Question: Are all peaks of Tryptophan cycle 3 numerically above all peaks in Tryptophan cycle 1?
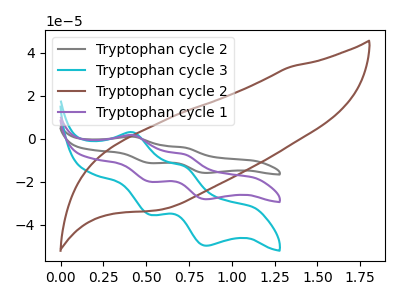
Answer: <think>The gray curve "Tryptophan cycle 2" has anodic peaks at (0.40V, 3.35uA) (0.70V, -14.60uA) and cathodic peaks at (0.50V, -40.05uA) (0.85V, -56.40uA). The cyan curve "Tryptophan cycle 3" has anodic peaks at (0.40V, 2.95uA) (0.70V, -12.90uA) and cathodic peaks at (0.50V, -35.40uA) (0.85V, -49.85uA). The brown curve "Tryptophan cycle 2" has no peaks. The purple curve "Tryptophan cycle 1" has anodic peaks at (0.40V, 1.65uA) (0.70V, -7.30uA) and cathodic peaks at (0.50V, -20.05uA) (0.85V, -28.20uA).</think>
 <answer>The peaks in "Tryptophan cycle 3" are neither all higher or all lower than the peaks in "Tryptophan cycle 1".</answer>
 <eval>mixed</eval>